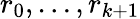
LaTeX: r_{0},\ldots,r_{k+1}